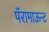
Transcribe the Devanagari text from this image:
पॅरामाऊन्ट